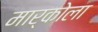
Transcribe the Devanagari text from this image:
मार्कोला